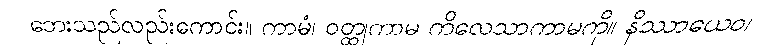
ဘေးသည်လည်းကောင်း။ ကာမံ၊ ဝတ္ထုကာမ ကိလေသာကာမကို။ နိဿာယေဝ၊